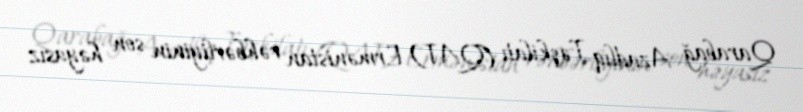
Qarabağ Azadlıq Təşkilatı (QAT) Ermənistan rəhbərliyinin son həyasız